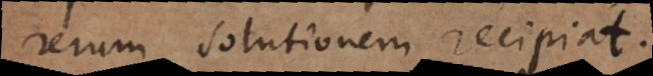
rerum solutionem recipiat.